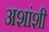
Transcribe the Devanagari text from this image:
अशांशी